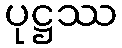
ပုဋ္ဌဿ